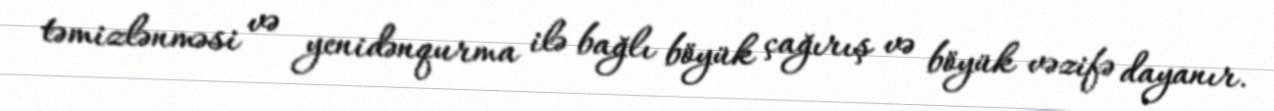
təmizlənməsi və yenidənqurma ilə bağlı böyük çağırış və böyük vəzifə dayanır.